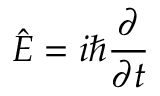
{ \hat { E } } = i \hbar { \frac { \partial } { \partial t } } \,